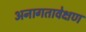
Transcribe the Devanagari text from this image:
अनागतावेक्षण